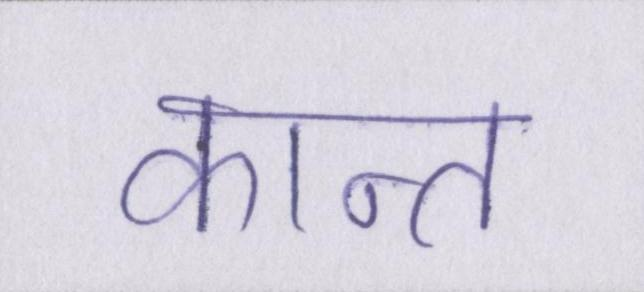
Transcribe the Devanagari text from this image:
कान्त